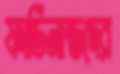
ফার্ডিনান্ডদের